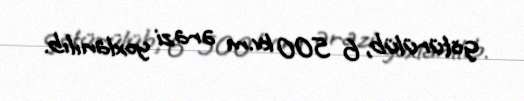
götürülüb, 6 500 kv.m ərazi yoxlanılıb.